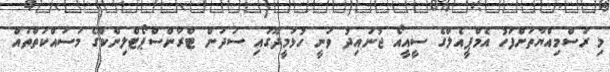
މި ރަސްމިއްޔާތަށްފަހު އެމްޕީއެލްގެ ސީއީއޯ ޖުނައިދު ވަނީ ހުޅުމީދޫގައި ސަދަން ޓްރާންސްޕޯޓްލިންކްގެ މަސައްކަތްތައް